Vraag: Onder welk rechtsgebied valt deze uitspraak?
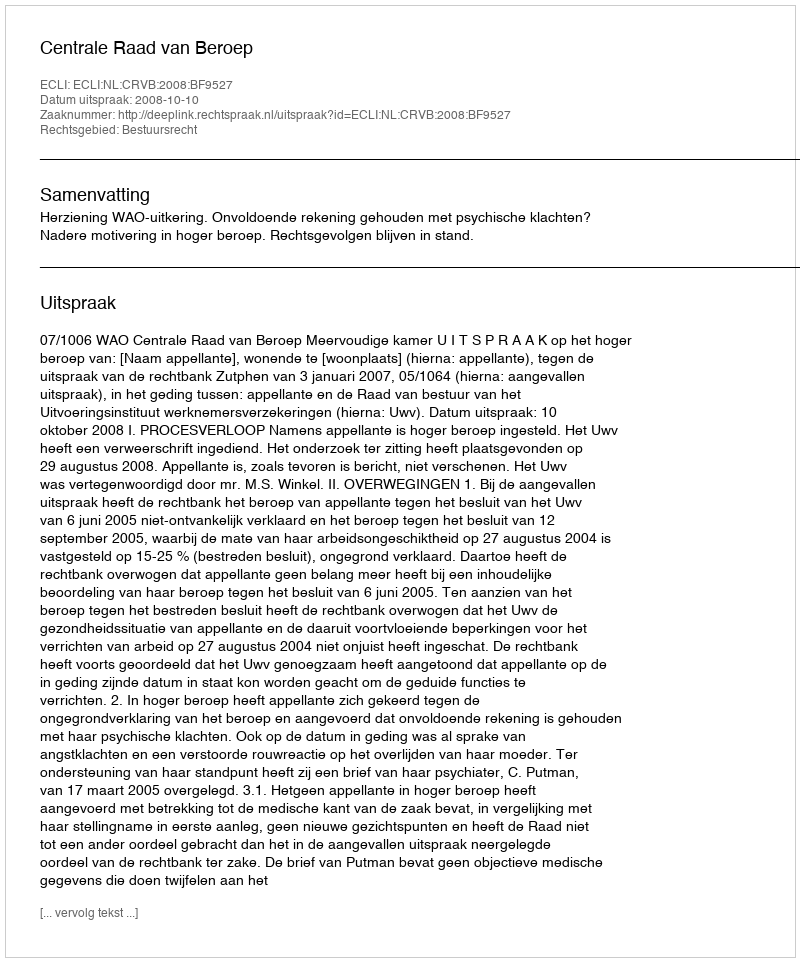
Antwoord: Bestuursrecht